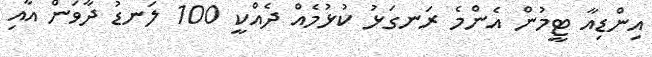
އިންޑިއާ ޓީމުން އެންމެ ރަނގަޅު ކުޅުމެއް ދެއްކީ 100 ލަނޑު ދާވަން އާއި